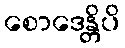
စောဒေန္တိပိ